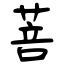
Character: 菩